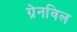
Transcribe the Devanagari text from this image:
ग्रेनविल